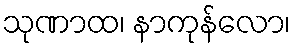
သုဏာထ၊ နာကုန်လော၊